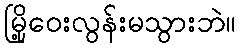
မြို့ဝေးလွန်းမသွားဘဲ။